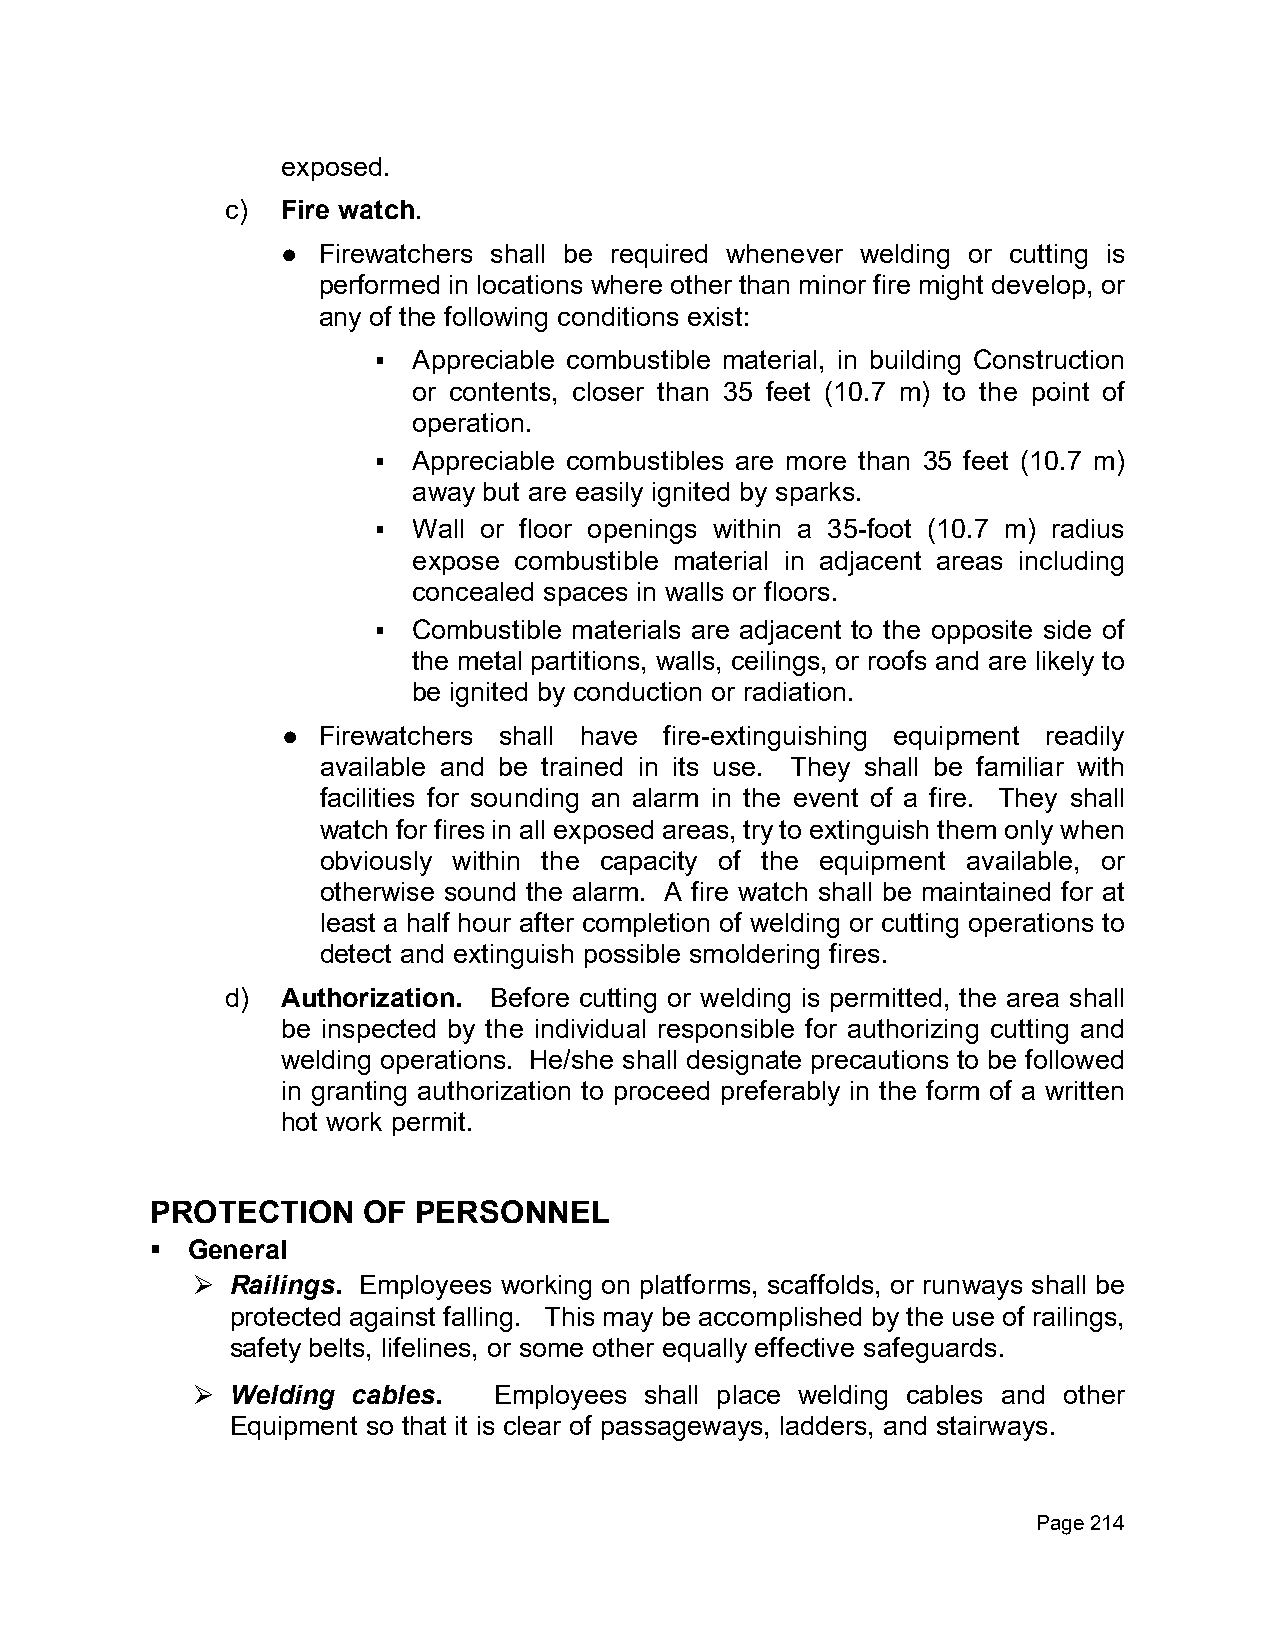
exposed.
 c)  Fire watch.
 ● Firewatchers shall be required whenever welding or cutting is
 performed in locations where other than minor fire might develop, or
 any of the following conditions exist:
 ▪ Appreciable combustible material, in building Construction
 or contents, closer than 35 feet (10.7 m) to the point of
 operation.
 ▪ Appreciable combustibles are more than 35 feet (10.7 m)
 away but are easily ignited by sparks.
 ▪ Wall or floor openings within a 35-foot (10.7 m) radius
 expose combustible material in adjacent areas including
 concealed spaces in walls or floors.
 ▪ Combustible materials are adjacent to the opposite side of
 the metal partitions, walls, ceilings, or roofs and are likely to
 be ignited by conduction or radiation.
 ● Firewatchers shall have fire-extinguishing equipment readily
 available and be trained in its use. They shall be familiar with
 facilities for sounding an alarm in the event of a fire. They shall
 watch for fires in all exposed areas, try to extinguish them only when
 obviously within the capacity of the equipment available, or
 otherwise sound the alarm. A fire watch shall be maintained for at
 least a half hour after completion of welding or cutting operations to
 detect and extinguish possible smoldering fires.
 d)  Authorization. Before cutting or welding is permitted, the area shall
 be inspected by the individual responsible for authorizing cutting and
 welding operations. He/she shall designate precautions to be followed
 in granting authorization to proceed preferably in the form of a written
 hot work permit.
 PROTECTION    OF  PERSONNEL
 ▪ General
 Railings. Employees working on platforms, scaffolds, or runways shall be
 ⮚
 protected against falling. This may be accomplished by the use of railings,
 safety belts, lifelines, or some other equally effective safeguards.
 Welding cables.   Employees shall place welding cables and other
 ⮚
 Equipment so that it is clear of passageways, ladders, and stairways.
 Page 214